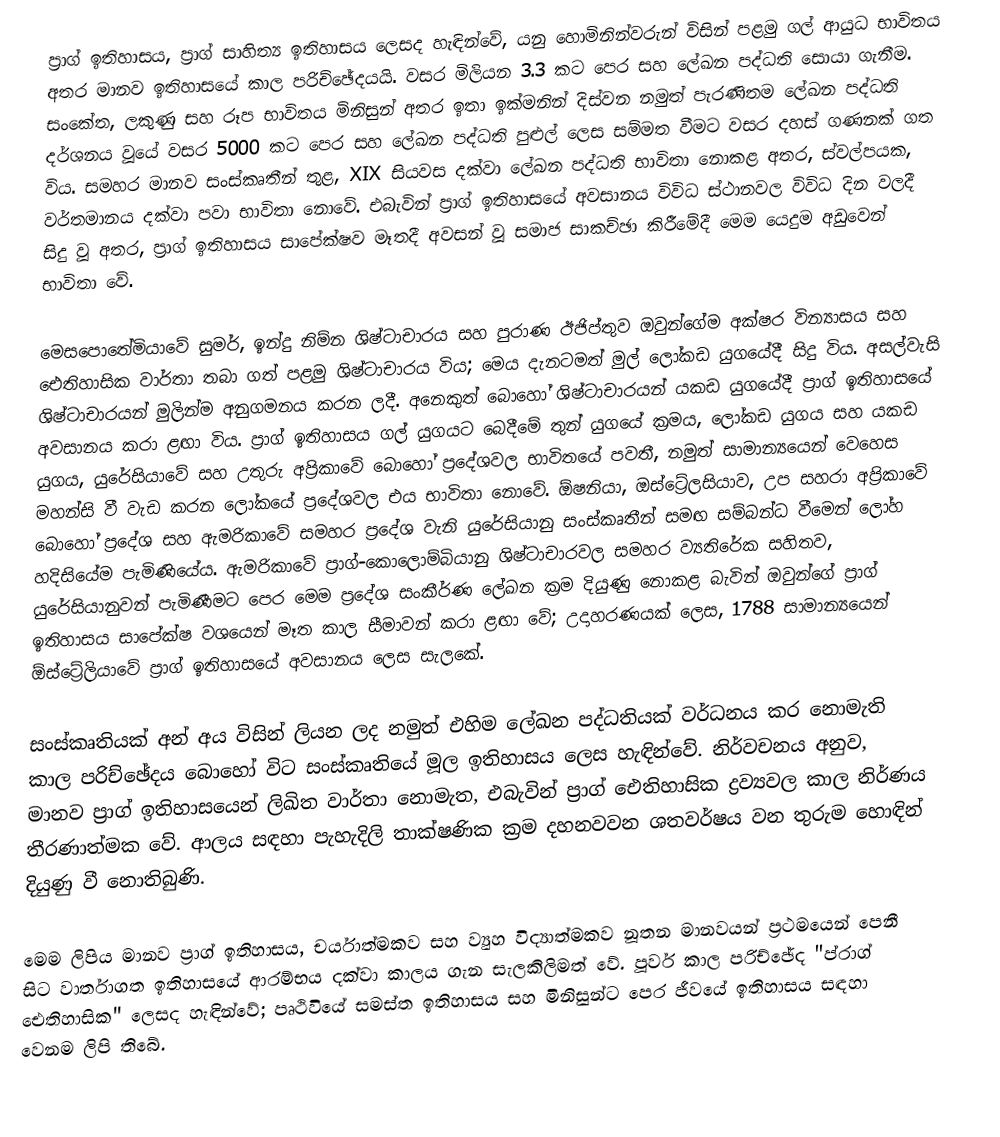
ප්‍රාග් ඉතිහාසය, ප්‍රාග් සාහිත්‍ය ඉතිහාසය ලෙසද හැඳින්වේ, යනු හොමිනින්වරුන් විසින් පළමු ගල් ආයුධ භාවිතය අතර මානව ඉතිහාසයේ කාල පරිච්ඡේදයයි. වසර මිලියන 3.3 කට පෙර සහ ලේඛන පද්ධති සොයා ගැනීම. සංකේත, ලකුණු සහ රූප භාවිතය මිනිසුන් අතර ඉතා ඉක්මනින් දිස්වන නමුත් පැරණිතම ලේඛන පද්ධති දර්ශනය වූයේ වසර 5000 කට පෙර සහ ලේඛන පද්ධති පුළුල් ලෙස සම්මත වීමට වසර දහස් ගණනක් ගත විය. සමහර මානව සංස්කෘතීන් තුළ, XIX සියවස දක්වා ලේඛන පද්ධති භාවිතා නොකළ අතර, ස්වල්පයක, වර්තමානය දක්වා පවා භාවිතා නොවේ. එබැවින් ප්‍රාග් ඉතිහාසයේ අවසානය විවිධ ස්ථානවල විවිධ දින වලදී සිදු වූ අතර, ප්‍රාග් ඉතිහාසය සාපේක්ෂව මෑතදී අවසන් වූ සමාජ සාකච්ඡා කිරීමේදී මෙම යෙදුම අඩුවෙන් භාවිතා වේ.

මෙසපොතේමියාවේ සුමර්, ඉන්දු නිම්න ශිෂ්ටාචාරය සහ පුරාණ ඊජිප්තුව ඔවුන්ගේම අක්ෂර වින්‍යාසය සහ ඓතිහාසික වාර්තා තබා ගත් පළමු ශිෂ්ටාචාරය විය; මෙය දැනටමත් මුල් ලෝකඩ යුගයේදී සිදු විය. අසල්වැසි ශිෂ්ටාචාරයන් මුලින්ම අනුගමනය කරන ලදී. අනෙකුත් බොහෝ ශිෂ්ටාචාරයන් යකඩ යුගයේදී ප්‍රාග් ඉතිහාසයේ අවසානය කරා ළඟා විය. ප්‍රාග් ඉතිහාසය ගල් යුගයට බෙදීමේ තුන් යුගයේ ක්‍රමය, ලෝකඩ යුගය සහ යකඩ යුගය, යුරේසියාවේ සහ උතුරු අප්‍රිකාවේ බොහෝ ප්‍රදේශවල භාවිතයේ පවතී, නමුත් සාමාන්‍යයෙන් වෙහෙස මහන්සි වී වැඩ කරන ලෝකයේ ප්‍රදේශවල එය භාවිතා නොවේ. ඕෂනියා, ඔස්ට්‍රේලසියාව, උප සහරා අප්‍රිකාවේ බොහෝ ප්‍රදේශ සහ ඇමරිකාවේ සමහර ප්‍රදේශ වැනි යුරේසියානු සංස්කෘතීන් සමඟ සම්බන්ධ වීමෙන් ලෝහ හදිසියේම පැමිණියේය. ඇමරිකාවේ ප්‍රාග්-කොලොම්බියානු ශිෂ්ටාචාරවල සමහර ව්‍යතිරේක සහිතව, යුරේසියානුවන් පැමිණීමට පෙර මෙම ප්‍රදේශ සංකීර්ණ ලේඛන ක්‍රම දියුණු නොකළ බැවින් ඔවුන්ගේ ප්‍රාග් ඉතිහාසය සාපේක්ෂ වශයෙන් මෑත කාල සීමාවන් කරා ළඟා වේ; උදාහරණයක් ලෙස, 1788 සාමාන්‍යයෙන් ඕස්ට්‍රේලියාවේ ප්‍රාග් ඉතිහාසයේ අවසානය ලෙස සැලකේ.

සංස්කෘතියක් අන් අය විසින් ලියන ලද නමුත් එහිම ලේඛන පද්ධතියක් වර්ධනය කර නොමැති කාල පරිච්ඡේදය බොහෝ විට සංස්කෘතියේ මූල ඉතිහාසය ලෙස හැඳින්වේ. නිර්වචනය අනුව, මානව ප්‍රාග් ඉතිහාසයෙන් ලිඛිත වාර්තා නොමැත, එබැවින් ප්‍රාග් ඓතිහාසික ද්‍රව්‍යවල කාල නිර්ණය තීරණාත්මක වේ. ආලය සඳහා පැහැදිලි තාක්ෂණික ක්‍රම දහනවවන ශතවර්ෂය වන තුරුම හොඳින් දියුණු වී නොතිබුණි.

මෙම ලිපිය මානව ප්‍රාග් ඉතිහාසය, චර්යාත්මකව සහ ව්‍යුහ විද්‍යාත්මකව නූතන මානවයන් ප්‍රථමයෙන් පෙනී සිට වාර්තාගත ඉතිහාසයේ ආරම්භය දක්වා කාලය ගැන සැලකිලිමත් වේ. පූර්ව කාල පරිච්ඡේද "ප්රාග් ඓතිහාසික" ලෙසද හැඳින්වේ; පෘථිවියේ සමස්ත ඉතිහාසය සහ මිනිසුන්ට පෙර ජීවයේ ඉතිහාසය සඳහා වෙනම ලිපි තිබේ.